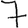
Digit: 7